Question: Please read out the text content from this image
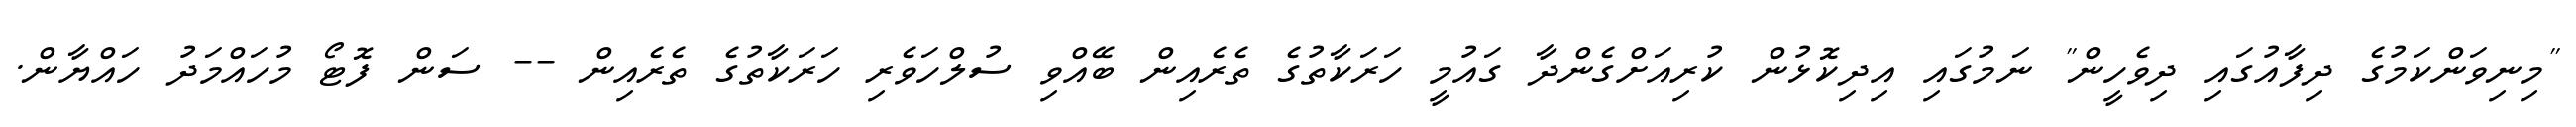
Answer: "މިނިވަންކަމުގެ ދިފާއުގައި ދިވެހީން" ނަމުގައި އިދިކޮޅުން ކުރިއަށްގެންދާ ގައުމީ ހަރަކާތުގެ ތެރެއިން ބޭއްވި ސުލްހަވެރި ހަރަކާތުގެ ތެރެއިން -- ސަން ފޮޓޯ މުހައްމަދު ހައްޔާން.